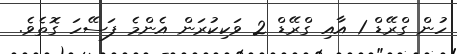
ހުން ގްރޭޑް 1 އާއި ގްރޭޑް 2 ވަކިކުރަން އެންމެ ފަސޭހަ ގޮތެވެ.